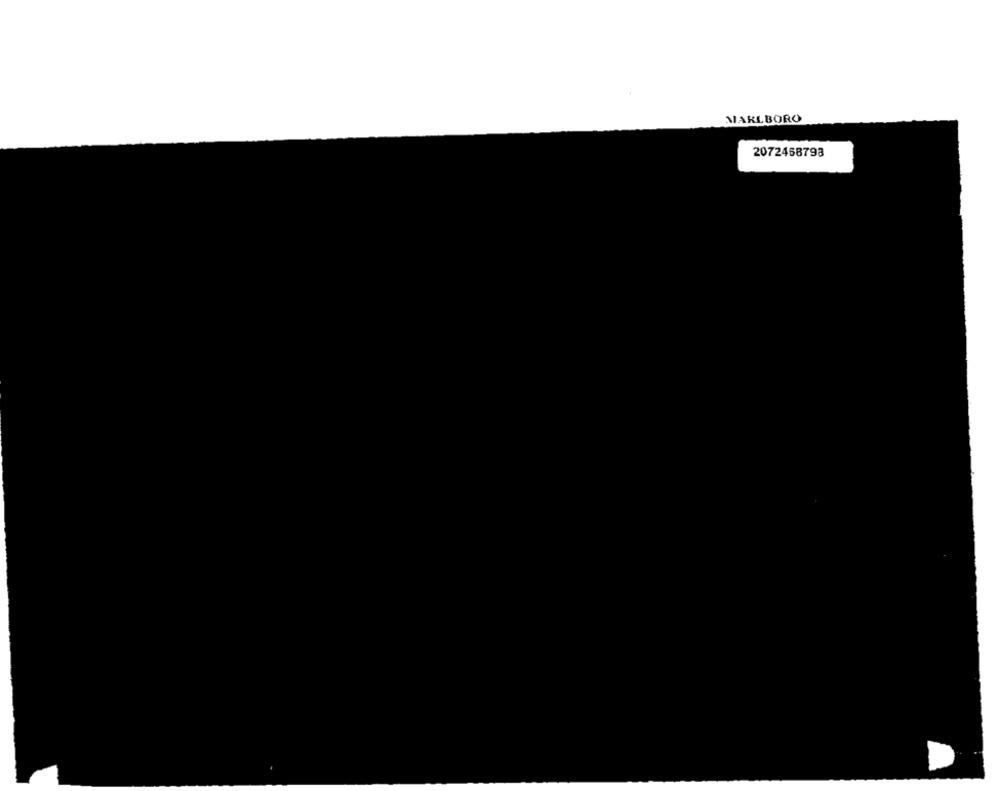
MARLBORO
2072458793